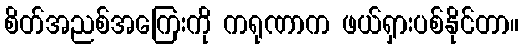
စိတ်အညစ်အကြေးကို ကရုဏာက ဖယ်ရှားပစ်နိုင်တာ။